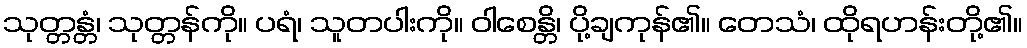
သုတ္တန္တံ၊ သုတ္တန်ကို။ ပရံ၊ သူတပါးကို။ ဝါစေန္တိ၊ ပို့ချကုန်၏။ တေသံ၊ ထိုရဟန်းတို့၏။